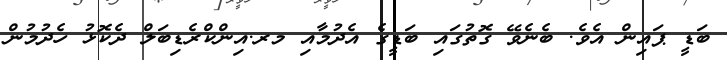
ބަޑީ ޕައިން އެވެ. ބެނެވޭ ގޮތުގައި ބަޑީގެ އެދުމާއި މރ.އިންކްރެޑިބަލް ދެކޮޅު ހެދުމުން